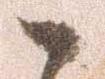
候